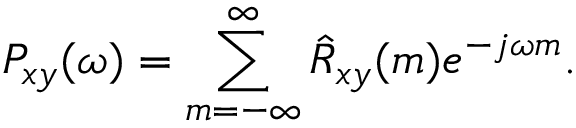
P _ { x y } ( \omega ) = \sum _ { m = - \infty } ^ { \infty } { \hat { R } } _ { x y } ( m ) e ^ { - j \omega m } .